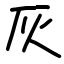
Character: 灰